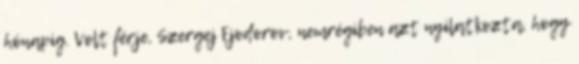
hónapig. Volt férje, Szergej Fjodorov, nemrégiben azt nyilatkozta, hogy